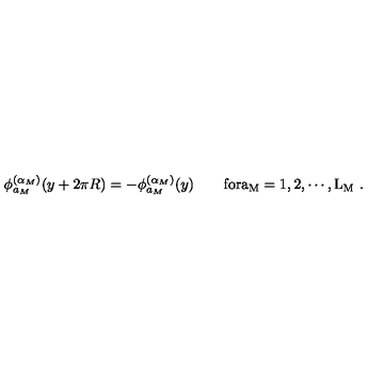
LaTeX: \phi _ { a _ { M } } ^ { ( \alpha _ { M } ) } ( y + 2 \pi R ) = - \phi _ { a _ { M } } ^ { ( \alpha _ { M } ) } ( y ) \qquad \mathrm { f o r a _ M = 1 , 2 , \cdots , L _ M } \ .